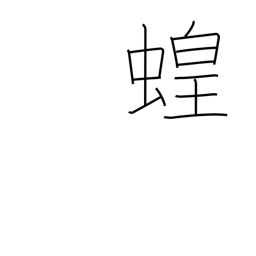
Meaning: locust